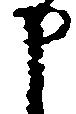
申